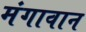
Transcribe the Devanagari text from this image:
मंगावान